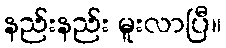
နည်းနည်း မူးလာပြီ။